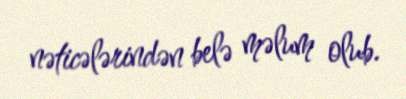
nəticələrindən belə məlum olub.